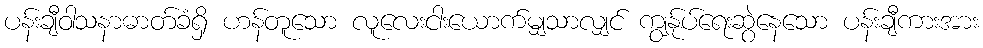
ပန်းချီဝါသနာဓာတ်ခံရှိ ဟန်တူသော လူလေးငါးယောက်မျှသာလျှင် ကျွန်ုပ်ရေးဆွဲနေသော ပန်းချီကားအား